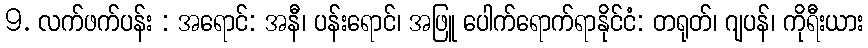
9. လက်ဖက်ပန်း : အရောင်: အနီ၊ ပန်းရောင်၊ အဖြူ ပေါက်ရောက်ရာနိုင်ငံ: တရုတ်၊ ဂျပန်၊ ကိုရီးယား